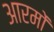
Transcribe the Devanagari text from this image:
आरमों